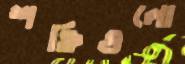
শক্তিগুলো